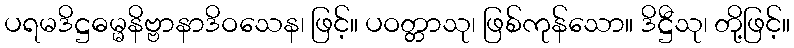
ပရမဒိဋ္ဌဓမ္မနိဗ္ဗာနာဒိဝသေန၊ ဖြင့်။ ပဝတ္တာသု၊ ဖြစ်ကုန်သော။ ဒိဋ္ဌီသု၊ တို့ဖြင့်။